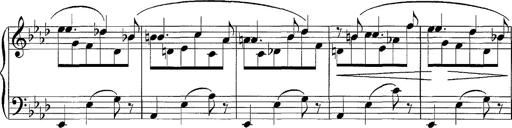
Title: LÃ¤ndler in A flat major
Composer: Franz Liszt
Key: A-flat major